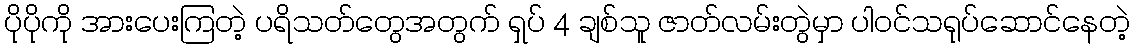
ပိုပိုကို အားပေးကြတဲ့ ပရိသတ်တွေအတွက် ရှပ် 4 ချစ်သူ ဇာတ်လမ်းတွဲမှာ ပါဝင်သရုပ်ဆောင်နေတဲ့